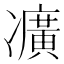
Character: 𠘛